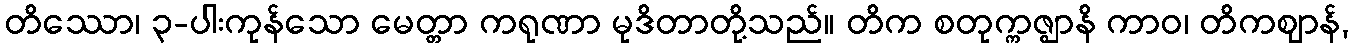
တိဿော၊ ၃-ပါးကုန်သော မေတ္တာ ကရုဏာ မုဒိတာတို့သည်။ တိက စတုက္ကဇ္ဈာနိ ကာဝ၊ တိကဈာန်,